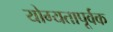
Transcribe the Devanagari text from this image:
योग्‍यतापूर्वक